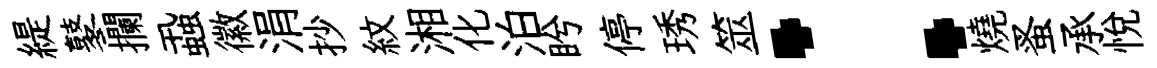
緹鼕攔蝨徽涓抄紋湘化泊盻停琇筮：燒蚤承悦